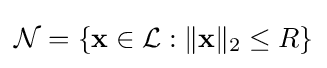
{\mathcal {N}}=\{\mathbf {x} \in {\mathcal {L}}:\lVert \mathbf {x} \rVert _{2}\leq R\}